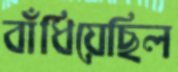
বাঁধিয়েছিল